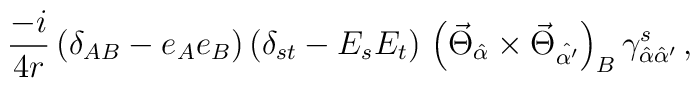
\frac{-i}{4r} \,  ( \delta_{AB} - e_A e_B ) \, ( \delta_{st} - E_sE_t)  \, \left( \vec{\Theta}_{\hat{\alpha}} \times \vec{\Theta}_{\hat{\alpha'}} \right)_B  \gamma^s_{\hat{\alpha}\hat{\alpha}'} \, ,